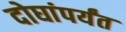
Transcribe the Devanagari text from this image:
दोघांपर्यंत